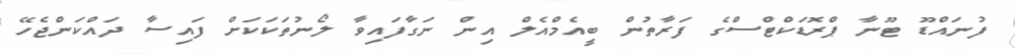
ފުނައްޑޫ ޓޫނާ ޕްރޮޑަކްޓްސްގެ ފަރާތުން ބީއެމްއެލް އިން ނަގާފައިވާ ލޯނުތަކަކަށް ފައިސާ ދައްކަންޖެހޭ